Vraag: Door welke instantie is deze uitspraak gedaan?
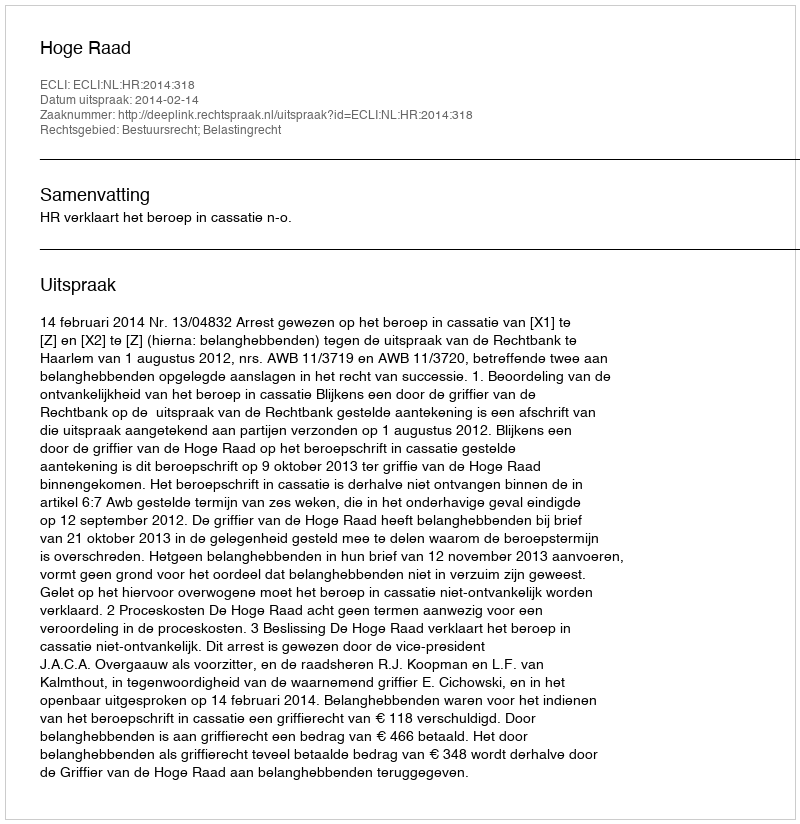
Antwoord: Hoge Raad